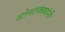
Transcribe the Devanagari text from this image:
सोनटक्क्यांनी